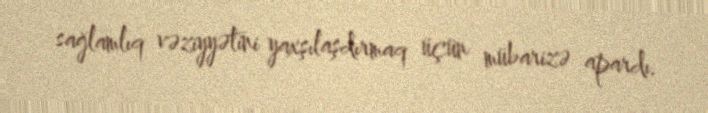
sağlamlıq vəziyyətini yaxşılaşdırmaq üçün mübarizə apardı.